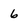
Character: 6